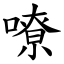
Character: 嘹